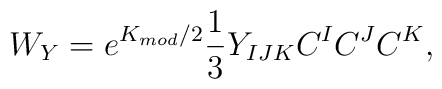
W_{Y} = e^{K_{mod}/2} \frac{1}{3} Y_{IJK} C^{I}C^{J}C^{K},